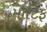
મોટિફ